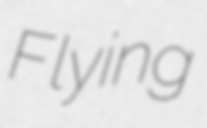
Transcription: Flying